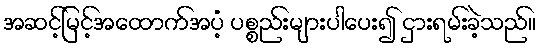
အဆင့်မြင့်အထောက်အပံ့ ပစ္စည်းများပါပေး၍ ငှားရမ်းခဲ့သည်။